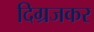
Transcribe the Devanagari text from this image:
दिग्रजकर